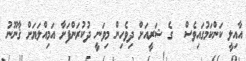
އާއިލީ ކަންކަމުގައިވެސް  ގެ ޝަރީއަށް ދިވެހިން މިވަނީ ދުކުރަންފަށާ އަމިއްލަޔަށް ޤާނޫނު